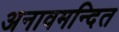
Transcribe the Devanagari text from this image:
अनावमन्दित